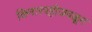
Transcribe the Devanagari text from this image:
किनारपट्टीजवळून